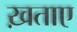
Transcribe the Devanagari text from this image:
ख़ताए